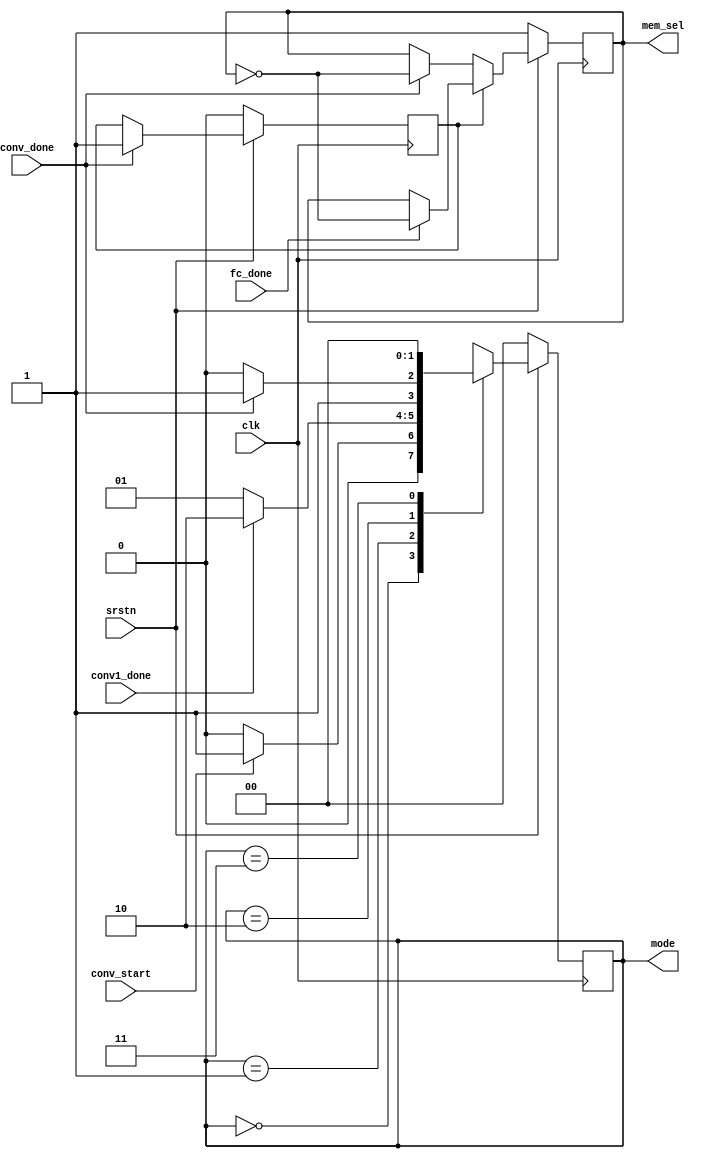
module fsm(
input clk,
input srstn,
input conv_start,
input conv1_done,
input conv_done,
input fc_done,

output reg [1:0] mode,
output reg mem_sel 				// 0: c0 ~ c4, 1: d0 ~ d4
);

reg [1:0] n_mode;
reg n_mem_sel;

reg done_control, n_done_control;

localparam  IDLE = 0, CONV1 = 1, CONV2 = 2, DONE = 3;

always@(posedge clk) begin
	if (~srstn) begin
		mode <= IDLE;
		mem_sel <= 1;
	end
	else begin
		mode <= n_mode;
		mem_sel <= n_mem_sel;
	end
end

always@* begin
	case(mode)
		IDLE : n_mode = (conv_start)? CONV1 : IDLE;
		CONV1 : n_mode = (conv1_done)? CONV2 : CONV1;
		CONV2 : n_mode = (conv_done)? DONE : CONV2;
		DONE : n_mode = IDLE;
		default : n_mode = IDLE;
	endcase
end

always@(posedge clk) begin
	if(~srstn) begin
		done_control <= 0;
	end
	else begin
		done_control <= n_done_control;
	end
end

always@* begin
	if(conv_done) begin
		n_done_control = 1;
	end
	else begin
		n_done_control = done_control;
	end
end

always@* begin
	if(done_control == 0) begin
		if(conv_done) begin
			n_mem_sel = ~mem_sel;
		end
		else begin
			n_mem_sel = mem_sel;
		end
	end
	else begin
		if(fc_done) begin
			n_mem_sel = ~mem_sel;
		end
		else begin
			n_mem_sel = mem_sel;
		end
	end
end

endmodule